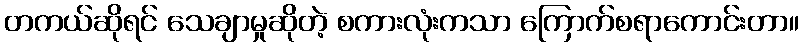
တကယ်ဆိုရင် သေချာမှုဆိုတဲ့ စကားလုံးကသာ ကြောက်စရာကောင်းတာ။